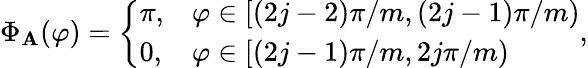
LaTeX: \Phi_{\mathbf{A}}(\varphi)=\left\{ \begin{array}{ll}{\pi,}&{\varphi\in[(2j-2)\pi/m,(2j-1)\pi/m)}\\ {0,}&{\varphi\in[(2j-1)\pi/m,2j\pi/m)}\end{array}\right.,